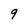
Character: 9